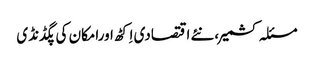
مسئلہ کشمیر،نئے اقتصادی اِکٹھ اورامکان کی پگڈنڈی